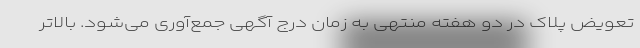
تعویض پلاک در دو هفته منتهی به زمان درج آگهی جمع‌آوری می‌شود. بالاتر